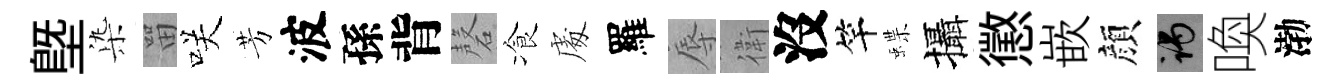
塈𣑱㽞咲芳波孫背磬飡䖏羅辱衛沒竿蝶攝懲嵌顔谒喚渤